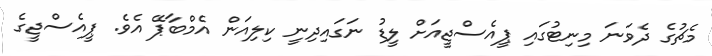
މެޗުގެ ދެވަނަ މިނިޓުގައި ޕީއެސްޖީއަށް ލީޑު ނަގައިދިނީ ކިލިއަން އެމްބާޕޭ އެވެ. ޕީއެސްޖީގެ